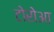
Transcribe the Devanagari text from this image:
टोरोआ